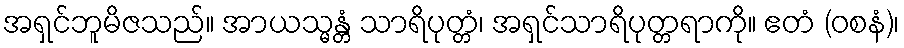
အရှင်ဘူမိဇသည်။ အာယသ္မန္တံ သာရိပုတ္တံ၊ အရှင်သာရိပုတ္တရာကို။ ဧတံ (ဝစနံ)၊